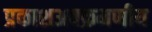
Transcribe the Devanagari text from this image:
प्रकाशअवक्रमणीय